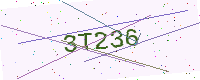
Text: 3T236